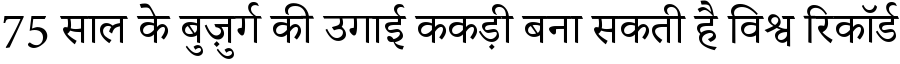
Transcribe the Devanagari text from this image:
75 साल के बुज़ुर्ग की उगाई ककड़ी बना सकती है विश्व रिकॉर्ड